Indian journal of veterinary science and animal husbandry - Volume 11,
Year: 1941
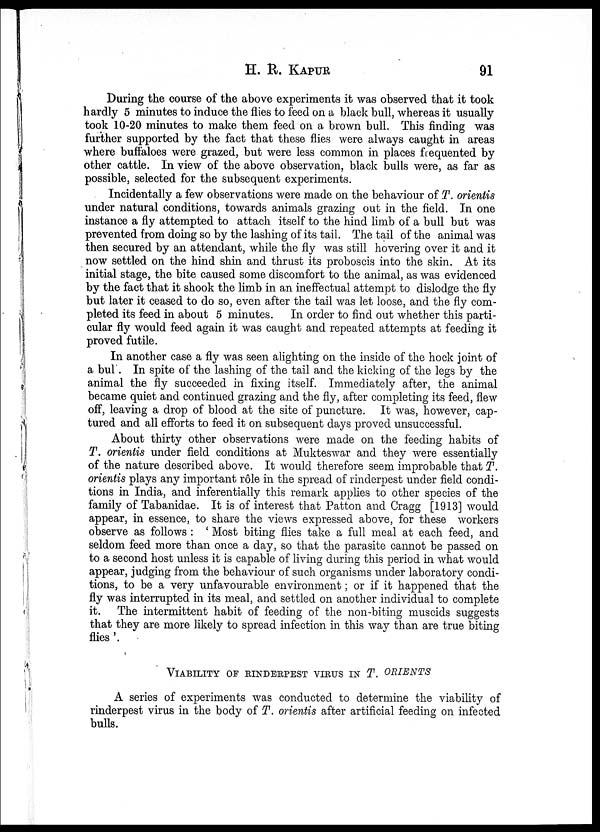
H. R.
KAPUR
91
During the course of the above experiments it was observed that it took
hardly 5 minutes to induce the flies to feed on a black bull, whereas it usually
took 10-20 minutes to make them feed on a brown bull. This finding was
further supported by the fact that these flies were always caught in areas
where buffaloes were grazed, but were less common in places frequented by
other cattle. In view of the above observation, black bulls were, as far as
possible, selected for the subsequent experiments.
Incidentally a few observations were made on the behaviour of T. orientis
under natural conditions, towards animals grazing out in the field. In one
instance a fly attempted to attach itself to the hind limb of a bull but was
prevented from doing so by the lashing of its tail. The tail of the animal was
then secured by an attendant, while the fly was still hovering over it and it
now settled on the hind shin and thrust its proboscis into the skin. At its
initial stage, the bite caused some discomfort to the animal, as was evidenced
by the fact that it shook the limb in an ineffectual attempt to dislodge the fly
but later it ceased to do so, even after the tail was let loose, and the fly com-
pleted its feed in about 5 minutes. In order to find out whether this parti-
cular fly would feed again it was caught and repeated attempts at feeding it
proved futile.
In another case a fly was seen alighting on the inside of the hock joint of
a bul. In spite of the lashing of the tail and the kicking of the legs by the
animal the fly succeeded in fixing itself. Immediately after, the animal
became quiet and continued grazing and the fly, after completing its feed, flew
off, leaving a drop of blood at the site of puncture. It was, however, cap-
tured and all efforts to feed it on subsequent days proved unsuccessful.
About thirty other observations were made on the feeding habits of
T. orientis under field conditions at Mukteswar and they were essentially
of the nature described above. It would therefore seem improbable that T.
orientis plays any important rôle in the spread of rinderpest under field condi-
tions in India, and inferentially this remark applies to other species of the
family of Tabanidae. It is of interest that Patton and Cragg [1913] would
appear, in essence, to share the views expressed above, for these workers
observe as follows : ' Most biting flies take a full meal at each feed, and
seldom feed more than once a day, so that the parasite cannot be passed on
to a second host unless it is capable of living during this period in what would
appear, judging from the behaviour of such organisms under laboratory condi-
tions, to be a very unfavourable environment; or if it happened that the
fly was interrupted in its meal, and settled on another individual to complete
it. The intermittent habit of feeding of the non-biting muscids suggests
that they are more likely to spread infection in this way than are true biting
flies '.
VIABILITY OF RINDERPEST VIRUS IN T. ORIENTS
A series of experiments was conducted to determine the viability of
rinderpest virus in the body of T. orientis after artificial feeding on infected
bulls.